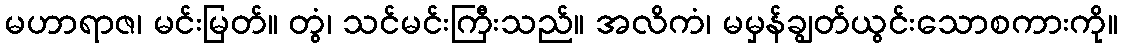
မဟာရာဇ၊ မင်းမြတ်။ တွံ၊ သင်မင်းကြီးသည်။ အလိကံ၊ မမှန်ချွတ်ယွင်းသောစကားကို။